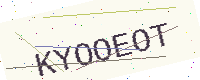
Text: KYOOEOT